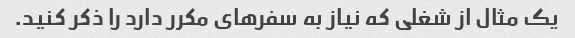
یک مثال از شغلی که نیاز به سفرهای مکرر دارد را ذکر کنید.